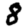
Digit: 8